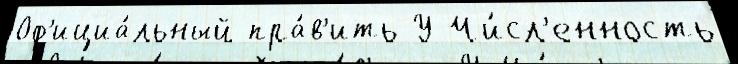
Оф'ициа́льный пра́в'ить У Чи́сл'енность